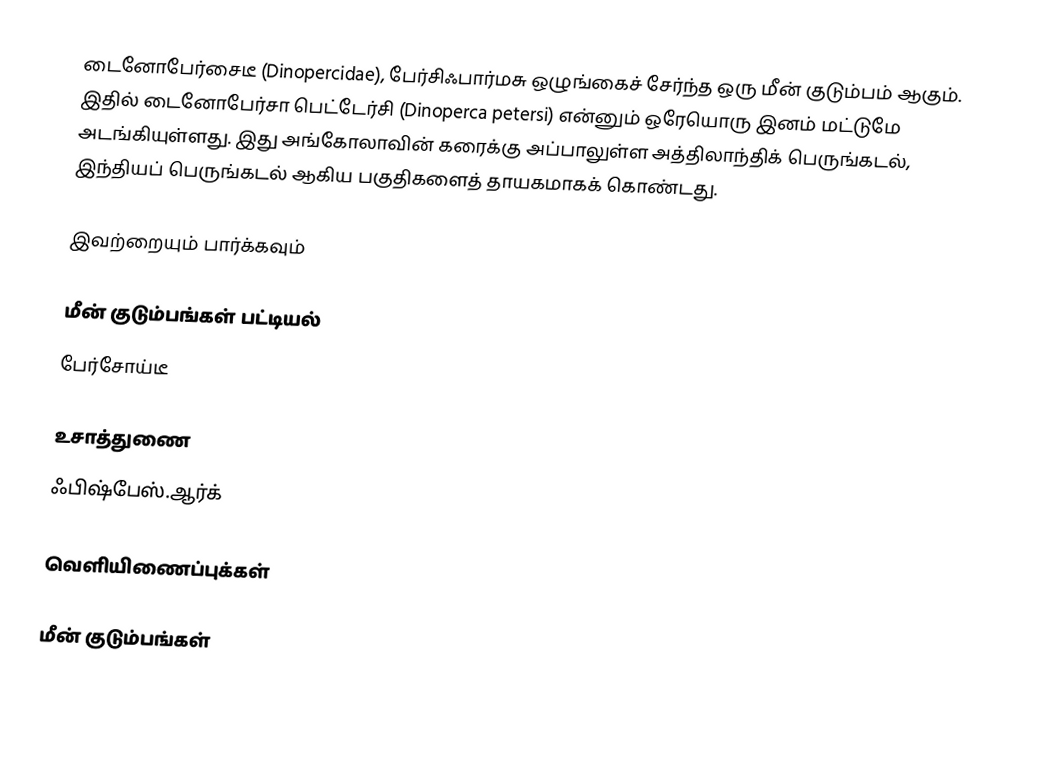
டைனோபேர்சைடீ (Dinopercidae), பேர்சிஃபார்மசு ஒழுங்கைச் சேர்ந்த ஒரு மீன் குடும்பம் ஆகும். இதில் டைனோபேர்சா பெட்டேர்சி (Dinoperca petersi) என்னும் ஒரேயொரு இனம் மட்டுமே அடங்கியுள்ளது. இது அங்கோலாவின் கரைக்கு அப்பாலுள்ள அத்திலாந்திக் பெருங்கடல், இந்தியப் பெருங்கடல் ஆகிய பகுதிகளைத் தாயகமாகக் கொண்டது.

இவற்றையும் பார்க்கவும்

 மீன் குடும்பங்கள் பட்டியல்
 பேர்சோய்டீ

உசாத்துணை
 ஃபிஷ்பேஸ்.ஆர்க்

வெளியிணைப்புக்கள்

மீன் குடும்பங்கள்